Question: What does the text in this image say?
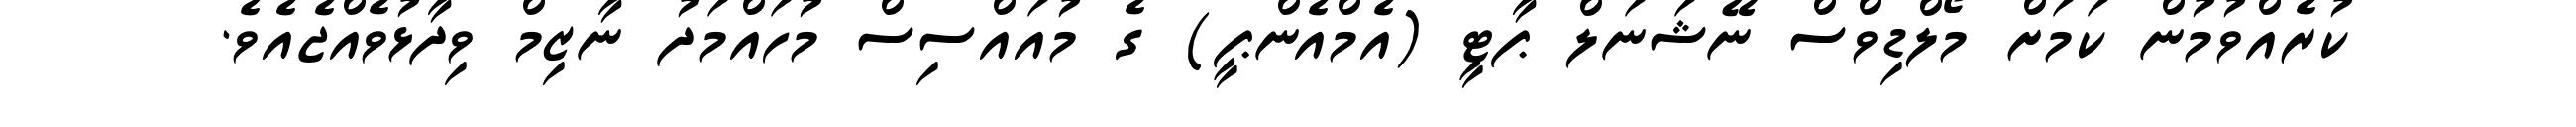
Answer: ކުރެއްވުމުން ކަމަށް މޯލްޑިވްސް ނޭޝަނަލް ޕާޓީ (އެމްއެންޕީ) ގެ މުއައްސިސް މުހައްމަދު ނާޒިމް ވިދާޅުވެއްޖެއެވެ.